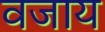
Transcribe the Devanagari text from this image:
वजाय